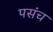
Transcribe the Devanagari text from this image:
पसंच